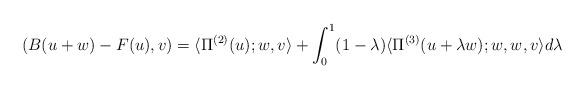
LaTeX: \begin{align*}(B(u+w)- F(u), v)=\langle \Pi^{(2)}(u); w, v\rangle+\int_0^1(1-\lambda)\langle \Pi^{(3)}(u+\lambda w);w, w, v\rangle d\lambda \end{align*}